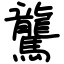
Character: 驡